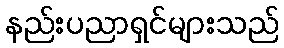
နည်းပညာရှင်များသည်